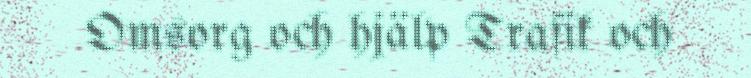
Omsorg och hjälp Trafik och